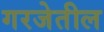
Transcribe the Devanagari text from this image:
गरजेतील